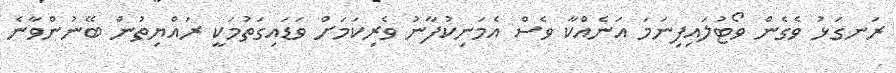
ރަނގަޅު ވެގެން ވޯޓުލައިފިނަމަ އަނެއްކާ ވެސް އެމަނިކުފާނު ވެރިކަމަށް ވަޑައިގަތުމަކީ ރައްޔިތުން ބޭނުންވާނެ